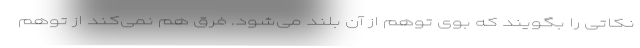
نکاتی را بگویند که بوی توهم از آن بلند می‌شود. فرق هم نمی‌کند از توهم